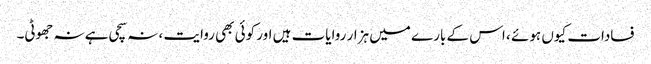
فسادات کیوں ہوئے ، اس کے بارے میں ہزار روایات ہیں اور کوئی بھی روایت ، نہ سچی ہے نہ جھوٹی۔